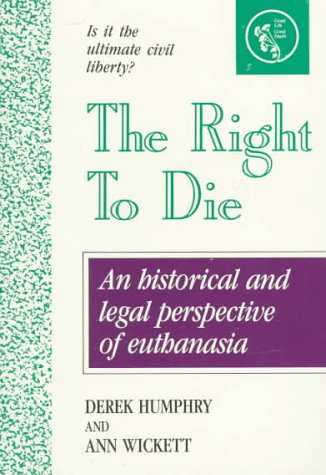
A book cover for The Right to Die: Understanding Euthanasia; Derek Humphry; Medical Books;